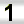
Digit: 1